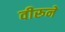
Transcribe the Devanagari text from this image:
वीरूने